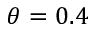
\theta = 0 . 4